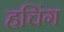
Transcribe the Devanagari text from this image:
हचिंग